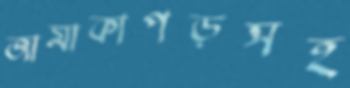
জামাকাপড়সহ